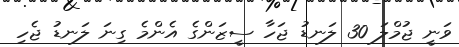
ވަނީ ޖުމްލަ 30 ލަނޑު ޖަހާ ސީޒަންގެ އެންމެ ގިނަ ލަނޑު ޖެހި